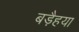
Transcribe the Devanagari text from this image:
बड़ैहया